Lunatic asylums Punjab 1895-1910 - 1895-1910
Year: 1895
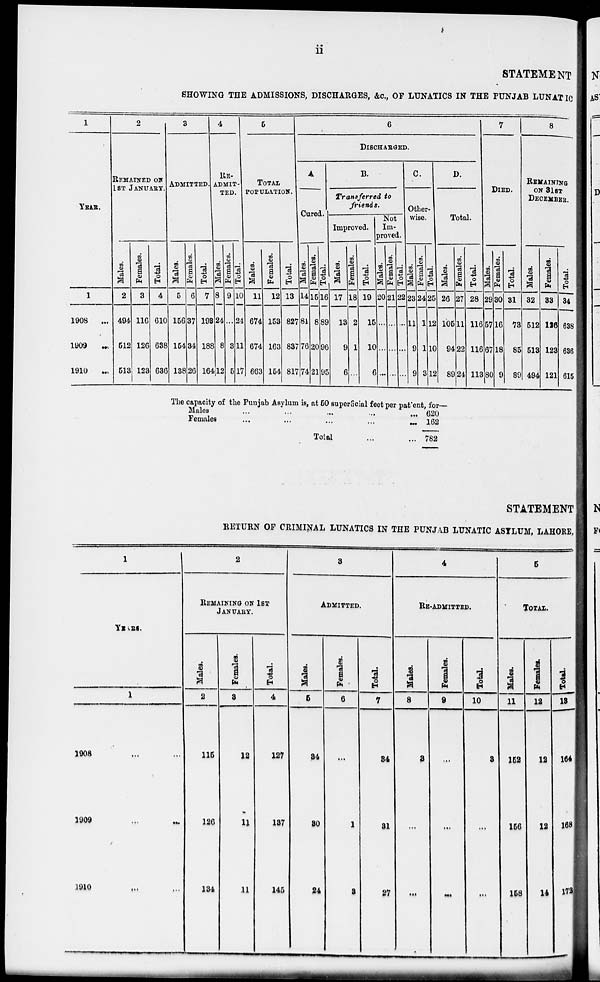
ii
STATEMENT
SHOWING THE ADMISSIONS, DISCHARGES, &c., OF LUNATICS IN THE PUNJAB LUNATIC
1
YEAR.
1
1908
...
1909
...
1910
...
2
REMAINED ON
1ST JANUARY.
Males.
2
494
512
518
Females.
3
116
126
123
Total.
4
610
638
636
3
ADMITTED.
Males.
5
156
154
138
Females.
6
37
34
26
Total.
7
193
188
164
4
RE-
------
---.
Males.
8
24
8
12
Females.
9
...
3
5
Total.
10
24
11
17
5
TOTAL
POPULATION.
Males.
11
674
674
663
Females.
12
153
163
154
Total.
13
827
837
817
6
DISCHARGED.
A
Cured.
Males.
14
81
76
74
Females.
15
8
20
21
Total.
16
89
96
95
B.
Transferred to
friends.
Improved.
Males.
17
13
9
6
Females.
18
2
1
...
Total.
19
15
10
6
Not
Im-
proved.
Males.
20
...
...
...
Females.
21
...
...
...
Total.
22
...
...
...
C.
Other-
wise.
Males.
23
11
9
9
Females.
24
1
1
3
Total.
25
12
10
12
D.
Total.
Males.
26
105
94
89
Females.
27
11
22
24
Total.
28
116
116
113
7
DIED.
Males.
29
57
67
80
Females.
30
16
18
9
Total.
31
73
85
89
8
REMAINING
ON 31ST
DECEMBER.
Males.
32
512
513
494
Females.
33
126
123
121
Total.
34
638
636
615
The capacity of the Punjab Asylum is, at 50 superficial feet per patient, for—
Males ... ... ... ... ... ... ...
Females ... ... ... ... ... ... ...
Total ... ...
620
162
782
STATEMENT
RETURN OF CRIMINAL LUNATICS IN THE PUNJAB LUNATIC ASYLUM, LAHORE,
1
YEARS.
1
1908 ...
1909 ...
1910 ...
2
REMAINING ON 1ST
JANUARY.
Males.
2
115
126
134
Females.
3
12
11
11
Total.
4
127
137
145
3
ADMITTED.
Males.
5
34
30
24
Females.
6
...
1
8
Total.
7
34
31
27
4
RE-ADMITTED.
Males.
8
3
...
...
Females.
9
...
...
...
Total.
10
3
...
...
5
TOTAL.
Males.
11
152
156
158
Females.
12
12
12
14
Total.
13
164
168
172